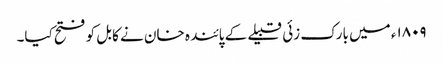
۱۸۰۹ء میں بارک زئی قبیلے کے پائندہ خان نے کابل کو فتح کیا۔